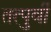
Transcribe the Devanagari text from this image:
तत्‍पुर्वी